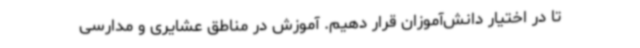
تا در اختیار دانش‌آموزان قرار دهیم. آموزش در مناطق عشایری و مدارسی